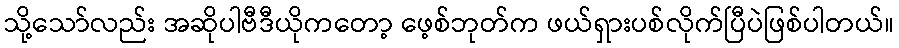
သို့သော်လည်း အဆိုပါဗီဒီယိုကတော့ ဖေ့စ်ဘုတ်က ဖယ်ရှားပစ်လိုက်ပြီပဲဖြစ်ပါတယ်။